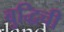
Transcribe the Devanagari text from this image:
बुद्धिची